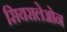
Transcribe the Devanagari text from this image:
सियरालेओन